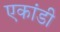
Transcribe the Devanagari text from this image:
एकांडी